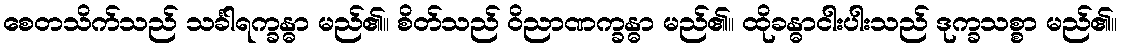
စေတသိက်သည် သင်္ခါရက္ခန္ဓာ မည်၏။ စိတ်သည် ဝိညာဏက္ခန္ဓာ မည်၏။ ထိုခန္ဓာငါးပါးသည် ဒုက္ခသစ္စာ မည်၏။